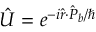
\hat { U } = e ^ { - i \hat { \boldsymbol { r } } \cdot \hat { \boldsymbol { P } } _ { b } / \hbar }